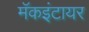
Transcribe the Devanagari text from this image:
मॅकइंटायर